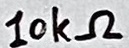
Text: 10kΩ